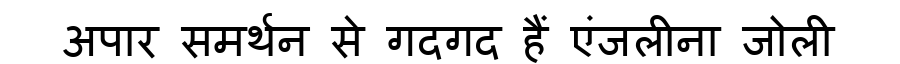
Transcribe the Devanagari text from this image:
अपार समर्थन से गदगद हैं एंजलीना जोली